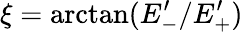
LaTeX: \xi=\arctan(E_{-}^{\prime}/E_{+}^{\prime})